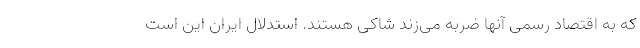
که به اقتصاد رسمی آنها ضربه می‌زند شاکی هستند. استدلال ایران این است